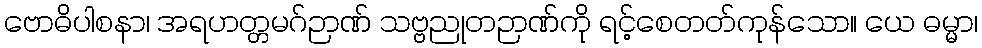
ဗောဓိပါစနာ၊ အရဟတ္တမဂ်ဉာဏ် သဗ္ဗညုတဉာဏ်ကို ရင့်စေတတ်ကုန်သော။ ယေ ဓမ္မာ၊